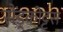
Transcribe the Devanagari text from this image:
सैंड्रकोट्टस